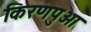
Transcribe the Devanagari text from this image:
किरणपुआ